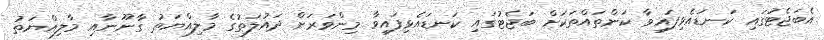
އެބަޖެޓުގައި ކަނޑައެޅިފައިވާ ކަންތައްތަކަށް ބަޖެޓުގައި ކަނޑައެޅިފައިވާ މިންވަރަށް ދައުލަތުގެ މާލިއްޔަތު ގާނޫނާއި މާލިއްޔަތު